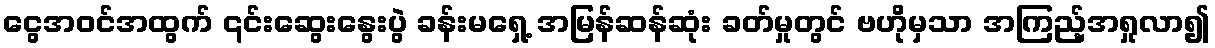
ငွေအဝင်အထွက် ၎င်းဆွေးနွေးပွဲ ခန်းမရှေ့ အမြန်ဆန်ဆုံး ခတ်မှုတွင် ဗဟိုမှသာ အကြည့်အရှုလာ၍